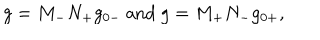
g = M _ { - } N _ { + } g _ { 0 - } \mathrm { ~ a n d ~ } g = M _ { + } N _ { - } g _ { 0 + } ,